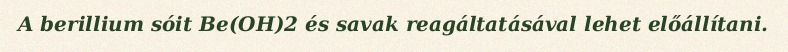
A berillium sóit Be(OH)2 és savak reagáltatásával lehet előállítani.